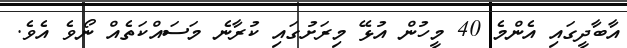
އާބާދީގައި އެންމެ 40 މީހުން އުޅޭ މިރަށުގައި ކުރާނެ މަސައްކަތެއް ނޯވެ އެވެ.